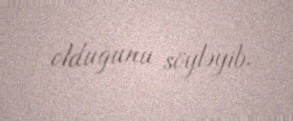
olduğunu söyləyib.